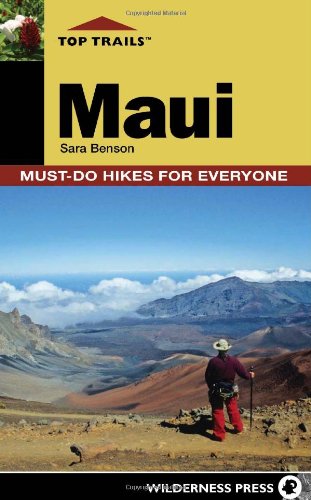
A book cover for Top Trails: Maui: Must-Do Hikes for Everyone; Sara Benson; Health, Fitness & Dieting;